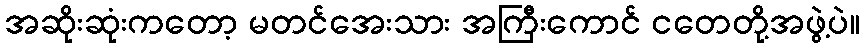
အဆိုးဆုံးကတော့ မတင်အေးသား အကြီးကောင် ငတေတို့အဖွဲ့ပဲ။